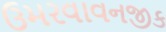
ઉમરવાવનજીક